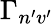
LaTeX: \Gamma_{n^{\prime}v^{\prime}}